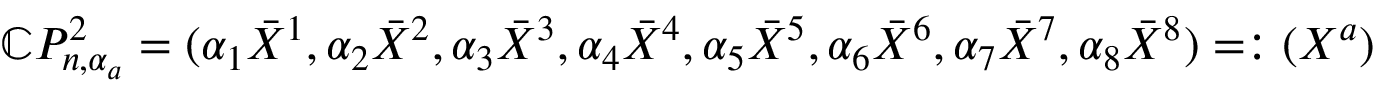
\begin{array} { r } { \mathbb { C } P _ { n , \alpha _ { a } } ^ { 2 } = ( \alpha _ { 1 } \bar { X } ^ { 1 } , \alpha _ { 2 } \bar { X } ^ { 2 } , \alpha _ { 3 } \bar { X } ^ { 3 } , \alpha _ { 4 } \bar { X } ^ { 4 } , \alpha _ { 5 } \bar { X } ^ { 5 } , \alpha _ { 6 } \bar { X } ^ { 6 } , \alpha _ { 7 } \bar { X } ^ { 7 } , \alpha _ { 8 } \bar { X } ^ { 8 } ) = : ( X ^ { a } ) } \end{array}